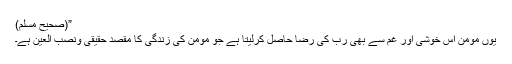
”(صحیح مسلم)
یوں مومن اس خوشی اور غم سے بھی رب کی رضا حاصل کرلیتا ہے جو مومن کی زندگی کا مقصد حقیقی ونصب العین ہے۔